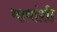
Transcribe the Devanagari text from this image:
भावांशी